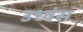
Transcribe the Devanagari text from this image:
उध्वंस